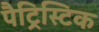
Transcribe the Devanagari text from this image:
पैट्रिस्टिक